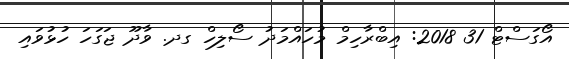
އޯގަސްޓް 31 2018: އިބްރާހިމް މުހައްމަދު ސޯލިހް ގދ. ވާދޫ ޖަގަހަ ހުޅުވައި